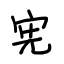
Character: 宪